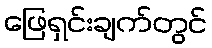
ဖြေရှင်းချက်တွင်